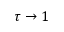
\tau \rightarrow 1